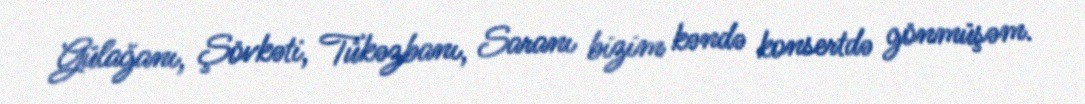
Gülağanı, Şövkəti, Tükəzbanı, Saranı bizim kəndə konsertdə gönmüşəm.